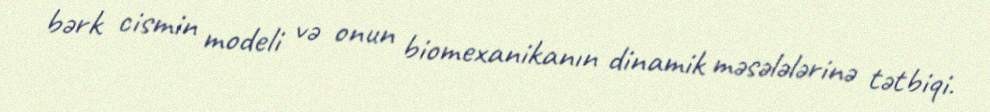
bərk cismin modeli və onun biomexanikanın dinamik məsələlərinə tətbiqi.